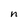
Character: n